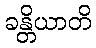
ခန္တိယာတိ